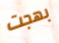
بهجت